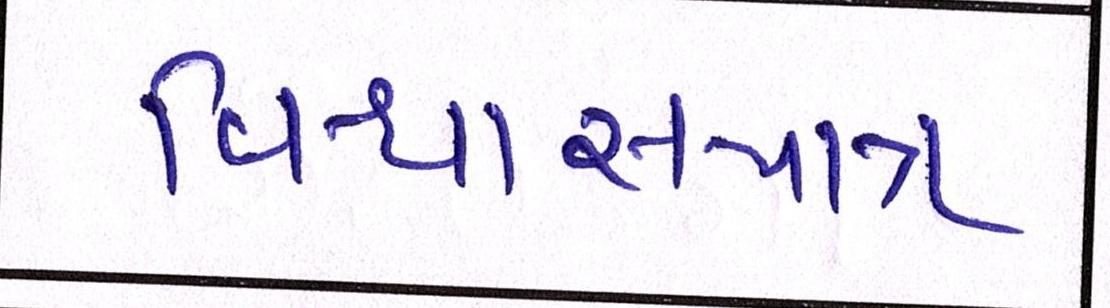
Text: વિશ્વાસપાત્ર